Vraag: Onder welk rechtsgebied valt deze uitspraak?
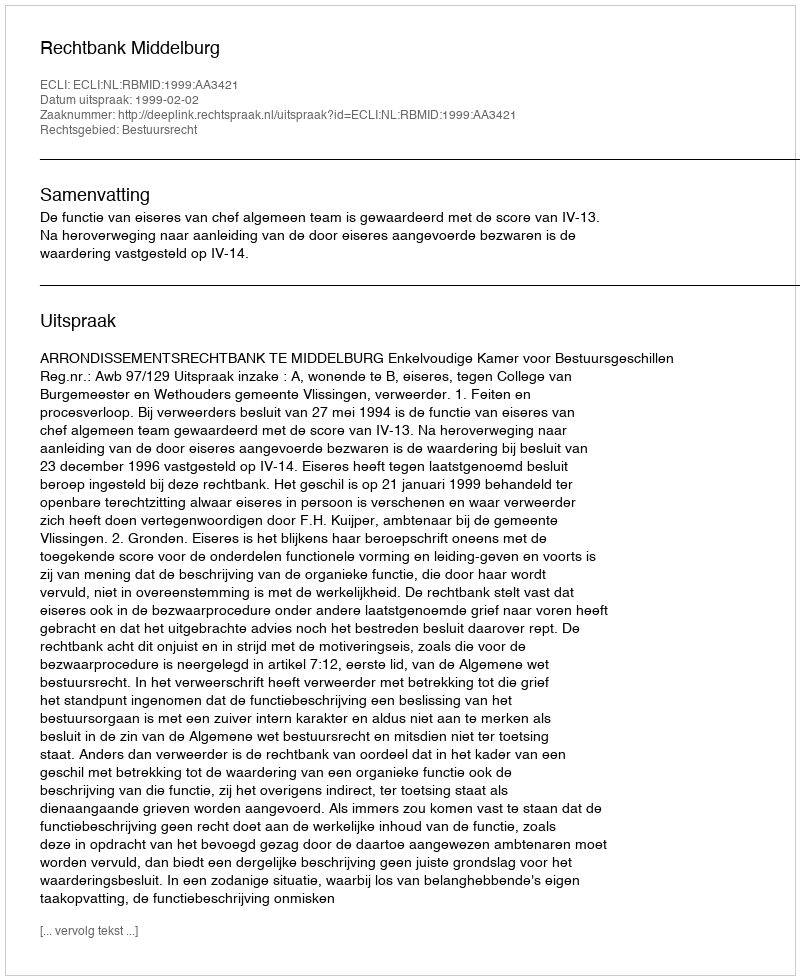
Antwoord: Bestuursrecht